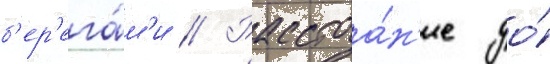
б'ер'ега́м'и // Расстоа́н'ие до́